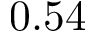
0 . 5 4